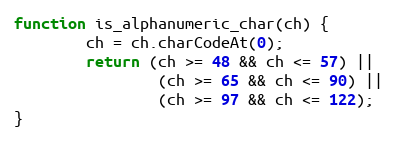
Language: JavaScript
function is_alphanumeric_char(ch) {
        ch = ch.charCodeAt(0);
        return (ch >= 48 && ch <= 57) ||
                (ch >= 65 && ch <= 90) ||
                (ch >= 97 && ch <= 122);
}